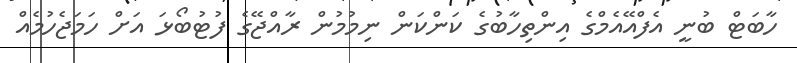
ހާބަޓް ބުނީ އެފްއޭއެމްގެ އިންތިހާބުގެ ކަންކަން ނިމުމުން ރާއްޖޭގެ ފުޓުބޯޅަ އަށް ހަމަޖެހުމެއް